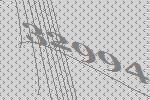
32994